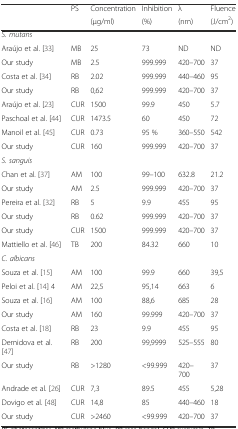
<table><thead><tr><td rowspan="2"></td><td rowspan="2"><b>PS</b></td><td><b>Concentration</b></td><td><b>Inhibition</b></td><td><b>λ</b></td><td><b>Fluence</b></td></tr><tr><td><b>(μg/ml)</b></td><td><b>(%)</b></td><td><b>(nm)</b></td><td><b>(J/cm<sup>2</sup>)</b></td></tr></thead><tbody><tr><td colspan="6"><i>S. mutans</i></td></tr><tr><td>Araújo et al. [33]</td><td>MB</td><td>25</td><td>73</td><td>ND</td><td>ND</td></tr><tr><td>Our study</td><td>MB</td><td>2.5</td><td>999.999</td><td>420–700</td><td>37</td></tr><tr><td>Costa et al. [34]</td><td>RB</td><td>2.02</td><td>999.999</td><td>440–460</td><td>95</td></tr><tr><td>Our study</td><td>RB</td><td>0,62</td><td>999.999</td><td>420–700</td><td>37</td></tr><tr><td>Araújo et al. [23]</td><td>CUR</td><td>1500</td><td>99.9</td><td>450</td><td>5.7</td></tr><tr><td>Paschoal et al. [44]</td><td>CUR</td><td>1473.5</td><td>60</td><td>450</td><td>72</td></tr><tr><td>Manoil et al. [45]</td><td>CUR</td><td>0.73</td><td>95 %</td><td>360–550</td><td>542</td></tr><tr><td>Our study</td><td>CUR</td><td>160</td><td>999.999</td><td>420–700</td><td>37</td></tr><tr><td colspan="6"><i>S. sanguis</i></td></tr><tr><td>Chan et al. [37]</td><td>AM</td><td>100</td><td>99–100</td><td>632.8</td><td>21.2</td></tr><tr><td>Our study</td><td>AM</td><td>2.5</td><td>999.999</td><td>420–700</td><td>37</td></tr><tr><td>Pereira et al. [32]</td><td>RB</td><td>5</td><td>9.9</td><td>455</td><td>95</td></tr><tr><td>Our study</td><td>RB</td><td>0.62</td><td>999.999</td><td>420–700</td><td>37</td></tr><tr><td>Our study</td><td>CUR</td><td>1500</td><td>999.999</td><td>420–700</td><td>37</td></tr><tr><td>Mattiello et al. [46]</td><td>TB</td><td>200</td><td>84.32</td><td>660</td><td>10</td></tr><tr><td colspan="6"><i>C. albicans</i></td></tr><tr><td>Souza et al. [15]</td><td>AM</td><td>100</td><td>99.9</td><td>660</td><td>39,5</td></tr><tr><td>Peloi et al. [14] 4</td><td>AM</td><td>22,5</td><td>95,14</td><td>663</td><td>6</td></tr><tr><td>Souza et al. [16]</td><td>AM</td><td>100</td><td>88,6</td><td>685</td><td>28</td></tr><tr><td>Our study</td><td>AM</td><td>160</td><td>99.999</td><td>420–700</td><td>37</td></tr><tr><td>Costa et al. [18]</td><td>RB</td><td>23</td><td>9.9</td><td>455</td><td>95</td></tr><tr><td>Demidova et al. [47]</td><td>RB</td><td>200</td><td>99,9999</td><td>525–555</td><td>80</td></tr><tr><td>Our study</td><td>RB</td><td>&gt;1280</td><td>&lt;99.999</td><td>420–700</td><td>37</td></tr><tr><td>Andrade et al. [26]</td><td>CUR</td><td>7,3</td><td>89.5</td><td>455</td><td>5,28</td></tr><tr><td>Dovigo et al. [48]</td><td>CUR</td><td>14,8</td><td>85</td><td>440–460</td><td>18</td></tr><tr><td>Our study</td><td>CUR</td><td>&gt;2460</td><td>&lt;99.999</td><td>420–700</td><td>37</td></tr></tbody></table>